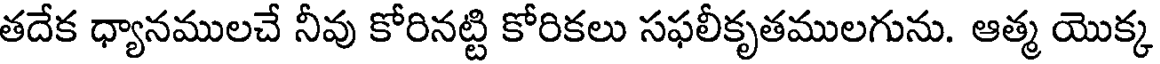
తదేక ధ్యానములచే నీవు కోరినట్టి కోరికలు సఫలీకృతములగును. ఆత్మ యొక్క